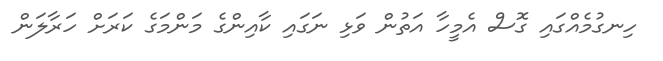
ހިނގުމެއްގައި ގޮސް އެމީހާ އަތުން ވަޅި ނަގައި ކާއިންގެ މަންމަގެ ކަރަށް ހަރާލަން